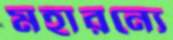
মহারন্যে